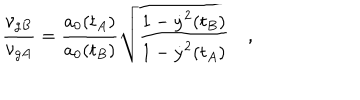
\frac { \nu _ { g B } } { \nu _ { g A } } = \frac { a _ { 0 } ( t _ { A } ) } { a _ { 0 } ( t _ { B } ) } \sqrt { \frac { 1 - \dot { y } ^ { 2 } ( t _ { B } ) } { 1 - \dot { y } ^ { 2 } ( t _ { A } ) } } \quad ,